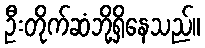
ဦးတိုက်ဆံဘို့ရှိနေသည်။